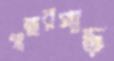
গান্নারপাড়